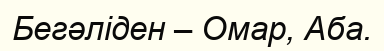
Бегәліден – Омар, Аба.